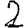
Digit: 2